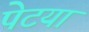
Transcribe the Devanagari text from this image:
पेटया